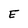
Character: E